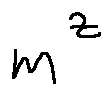
m ^ { z }